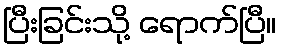
ပြီးခြင်းသို့ ရောက်ပြီ။